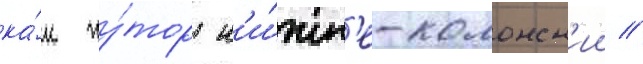
ка́к ху́тор н'и́жн'е-колонск'ии //